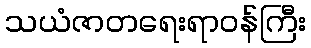
သယံဇာတရေးရာဝန်ကြီး